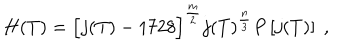
LaTeX: H ( T ) = \Bigl [ j ( T ) - 1 7 2 8 \Bigr ] ^ { \frac { m } { 2 } } j ( T ) ^ { \frac { n } { 3 } } P \left[ j ( T ) \right] \; ,